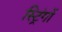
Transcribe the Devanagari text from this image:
स्ट्रिंगों